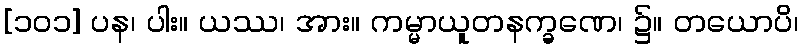
[၁၀၁] ပန၊ ပါး။ ယဿ၊ အား။ ကမ္မာယူတနက္ခဏေ၊ ၌။ တယောပိ၊